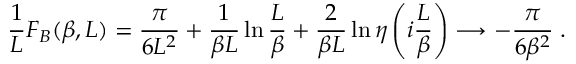
\frac { 1 } { L } F _ { B } ( \beta , L ) = \frac { \pi } { 6 L ^ { 2 } } + \frac { 1 } { \beta L } \ln { \frac { L } { \beta } } + \frac { 2 } { \beta L } \ln { \eta \left( i \frac { L } { \beta } \right) } \longrightarrow - \frac { \pi } { 6 \beta ^ { 2 } } \; .